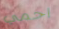
احمي